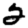
Digit: 2